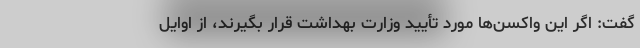
گفت: اگر این واکسن‌ها مورد تأیید وزارت بهداشت قرار بگیرند، از اوایل